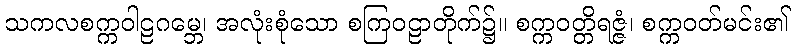
သကလစက္ကဝါဠဂမ္ဘေ၊ အလုံးစုံသော စကြဝဠာတိုက်၌။ စက္ကဝတ္တိရဇ္ဇံ၊ စက္ကဝတ်မင်း၏